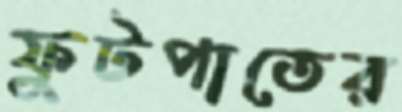
ফুটপাতের